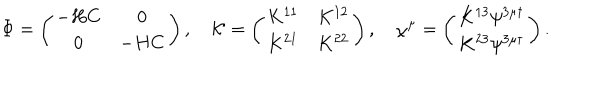
\Phi = \left( \begin{array} { c c } { { - H C } } & { { 0 } } \\ { { 0 } } & { { - H C } } \\ \end{array} \right) , \, \, \, \, \, \, { \cal K } = \left( \begin{array} { c c } { { K ^ { 1 1 } } } & { { K ^ { 1 2 } } } \\ { { K ^ { 2 1 } } } & { { K ^ { 2 2 } } } \\ \end{array} \right) , \, \, \, \, \, \, \chi ^ { \mu } = \left( \begin{array} { c } { { K ^ { 1 3 } \psi ^ { 3 \mu \dagger } } } \\ { { K ^ { 2 3 } \psi ^ { 3 \mu \dagger } } } \\ \end{array} \right) .